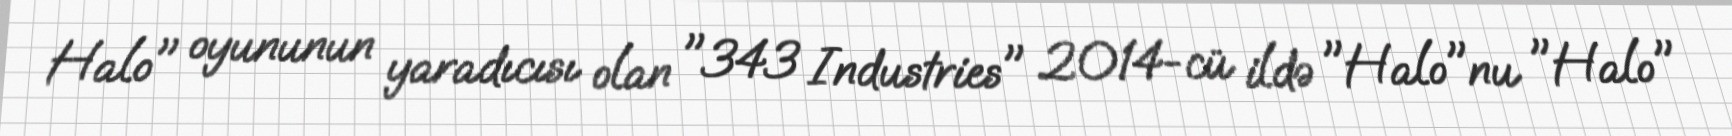
Halo" oyununun yaradıcısı olan "343 Industries" 2014-cü ildə "Halo"nu "Halo"